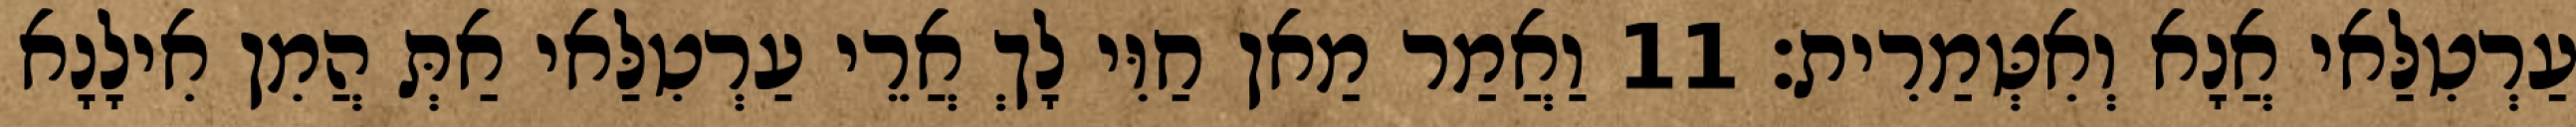
עַרְטִלַּאי אֲנָא וְאִטְּמַרִית׃ 11 וַאֲמַר מַאן חַוִּי לָךְ אֲרֵי עַרְטִלַּאי אַתְּ הֲמִן אִילָנָא